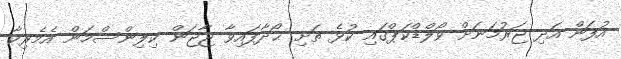
އުފަން އަދި ޖަރުމަނަށް ވޯލްޑްކަޕްގައި ކުޅެ ތަށި ޙޯދާފައިވާ ޖާޖަން ކިލިންސްމަން އެމެރިކާ